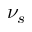
\nu _ { s }